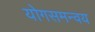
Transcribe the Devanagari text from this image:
योगसमन्वय